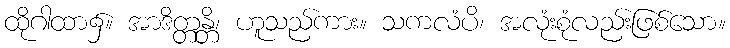
ထိုဂါထာ၌။ အာဒိတ္တန္တိ၊ ဟူသည်ကား။ သကလံပိ၊ အလုံးစုံလည်းဖြစ်သော။